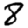
Digit: 8